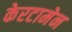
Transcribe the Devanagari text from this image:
केरटामेन